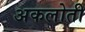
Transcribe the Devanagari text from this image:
अकलोती